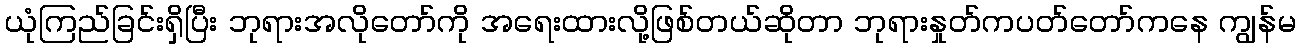
ယုံကြည်ခြင်းရှိပြီး ဘုရားအလိုတော်ကို အရေးထားလို့ဖြစ်တယ်ဆိုတာ ဘုရားနှုတ်ကပတ်တော်ကနေ ကျွန်မ